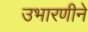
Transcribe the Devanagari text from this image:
उभारणीने